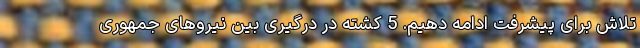
تلاش برای پیشرفت ادامه دهیم. 5 کشته در درگیری بین نیروهای جمهوری